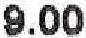
9.00